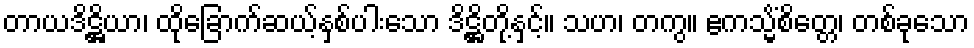
တာယဒိဋ္ဌိယာ၊ ထိုခြောက်ဆယ့်နှစ်ပါးသော ဒိဋ္ဌိတို့နှင့်။ သဟ၊ တကွ။ ဧကသ္မိံစိတ္တေ၊ တစ်ခုသော